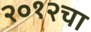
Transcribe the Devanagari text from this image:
२०१२चा